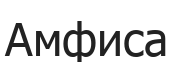
Амфиса